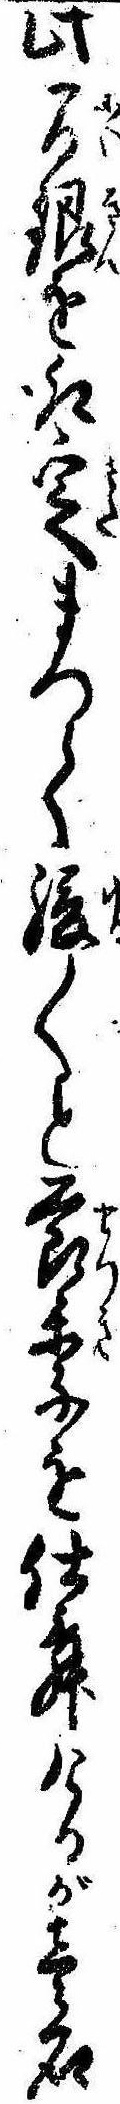
此間銀を取定まつて緩〱と節季を仕舞けるが壱石